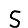
Digit: 5